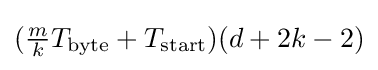
{\textstyle ({\frac {m}{k}}T_{\text{byte}}+T_{\text{start}})(d+2k-2)}